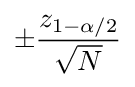
\pm {\frac {z_{1-\alpha /2}}{\sqrt {N}}}